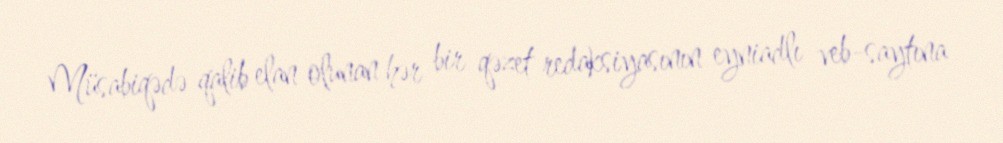
Müsabiqədə qalib elan olunan hər bir qəzet redaksiyasının eyniadlı veb-saytına